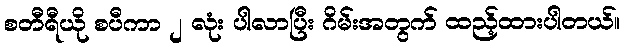
စတီရီယို စပီကာ ၂ လုံး ပါလာပြီး ဂိမ်းအတွက် ထည့်ထားပါတယ်။